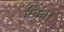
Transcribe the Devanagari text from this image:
स्विच।